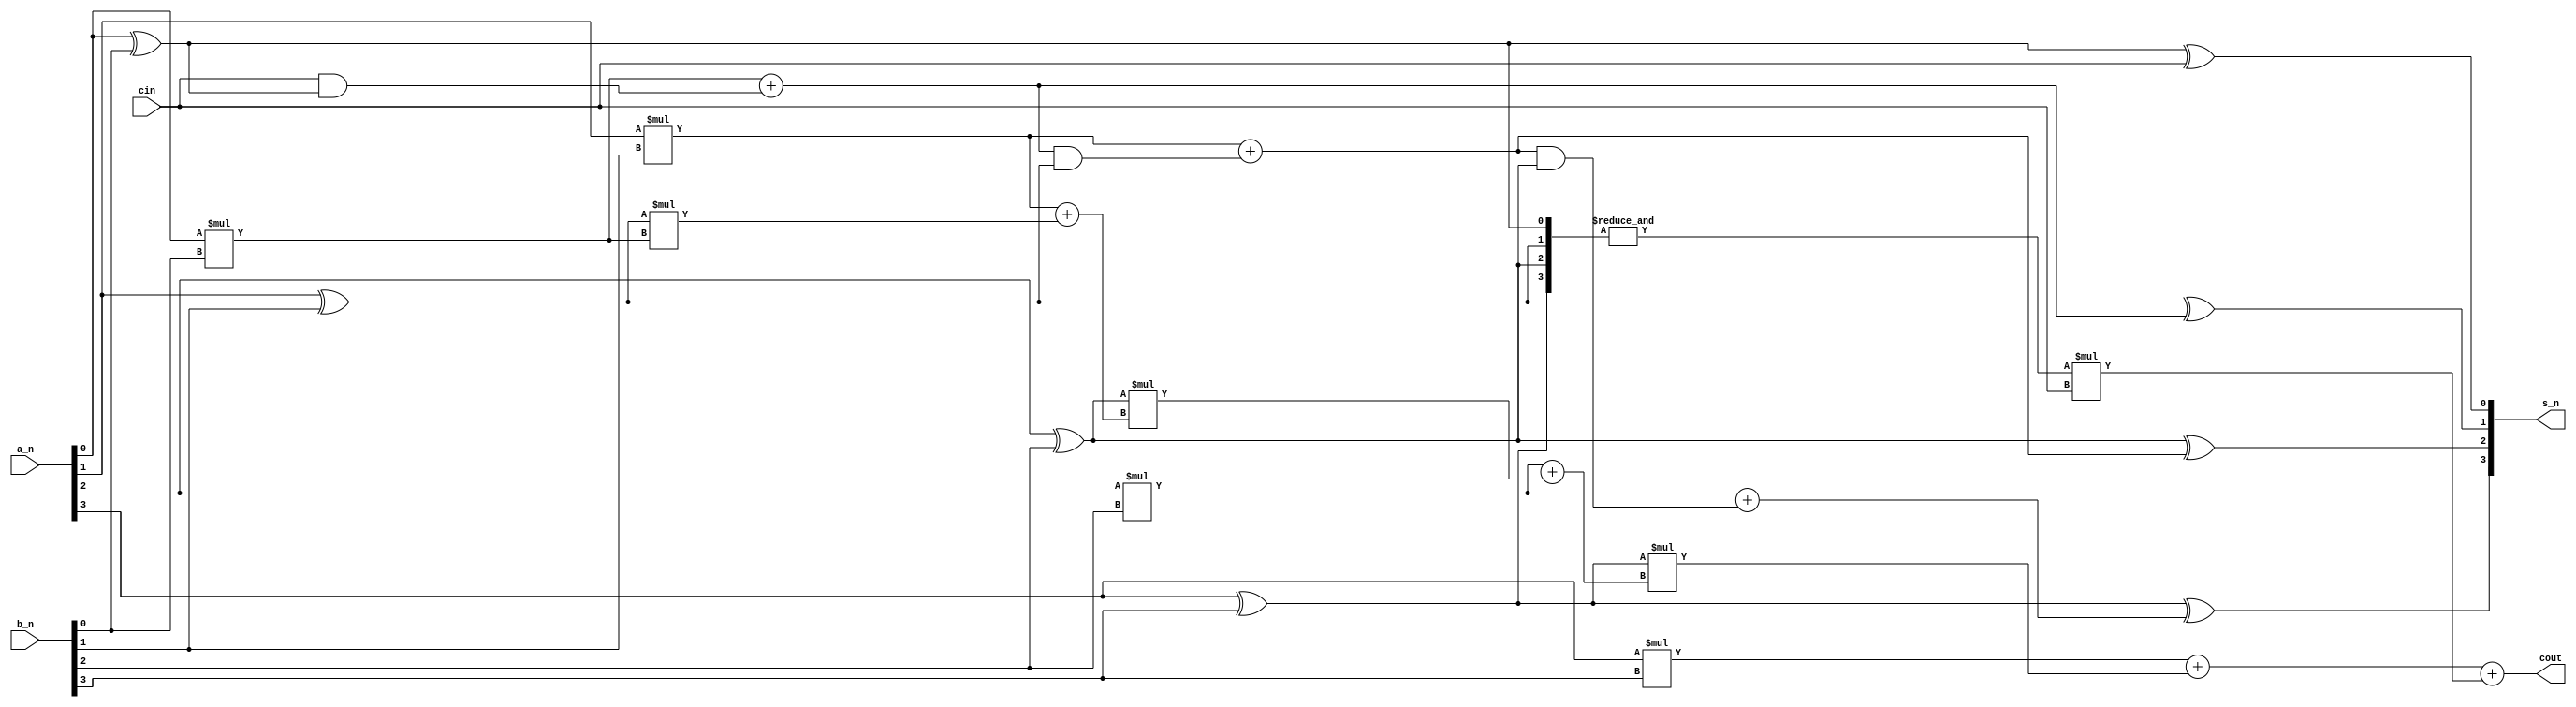
module full_adder_Nbit_lca
#(parameter width = 4)
(
    input [width-1 :0] a_n,
    input [width-1:0] b_n,
    input cin,
    output [width-1:0] s_n,
    output cout
);
genvar i;
wire [width-1:0] g;
wire [width-1:0] p;
wire [width:0] c;
wire gij4;
wire pij4;
//cin
for (i = 0;i<width;i = i+1) begin
    assign p[i] = a_n[i] ^b_n[i];
    assign g[i] = a_n[i] *b_n[i];
end
assign pij4 = &p;
assign gij4 = g[3]+p[3]*(g[2] + p[2]*(g[1]+p[1]*g[0]));

//cin
//vivadoc[i] = g[i-1] +p[i-1]*c[i-1]
// assign c[0] = cin;
// assign c[1] = g[0] + ( c[0] & p[0] );
// assign c[2] = g[1] + ( (g[0] + ( c[0] & p[0]) ) & p[1] );
// assign c[3] = g[2] + ( (g[1] + ( (g[0] + (c[0] & p[0]) ) & p[1])) & p[2] );
//assign c[4] = g[3] + ( (g[2] + ( (g[1] + ( (g[0] + (c[0] & p[0]) ) & p[1])) & p[2] )) & p[3]);
assign cout = gij4 + pij4*cin;
genvar k;
//c[0]cinvivado
assign c[0] = cin;
assign c[1] = g[0] + ( cin & p[0] );
assign c[2] = g[1] + ( (g[0] + ( cin & p[0]) ) & p[1] );
assign c[3] = g[2] + ( (g[1] + ( (g[0] + (cin & p[0]) ) & p[1])) & p[2] );

for( k=0; k<width; k=k+1) begin
    assign s_n[k] = p[k] ^ c[k];
end
endmodule